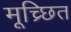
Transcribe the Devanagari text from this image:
मूच्र्छित